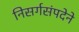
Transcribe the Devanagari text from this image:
निसर्गसंपदेने